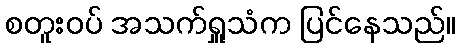
စတူးဝပ် အသက်ရှူသံက ပြင်နေသည်။